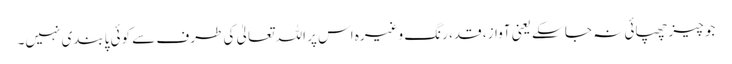
جو چیز چھپائی نہ جا سکے یعنی آواز، قد، رنگ وغیرہ اس پر اللہ تعالیٰ کی طرف سے کوئی پابندی نہیں۔